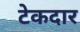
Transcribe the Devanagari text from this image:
टेकदार